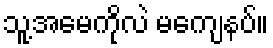
သူ့အမေကိုလဲ မကျေနပ်။